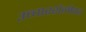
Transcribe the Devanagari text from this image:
उच्चारशैलीवर